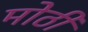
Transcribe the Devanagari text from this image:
मोठीं